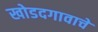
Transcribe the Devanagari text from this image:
खोडदगावाचे